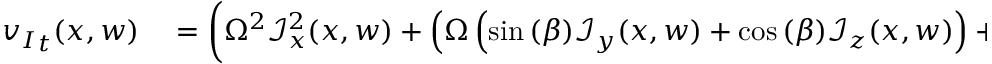
\begin{array} { r l } { { v _ { I } } _ { t } ( x , w ) } & { { } = \left( \Omega ^ { 2 } \mathcal { I } _ { x } ^ { 2 } ( x , w ) + \left( \Omega \left( \sin { ( \beta ) } \mathcal { I } _ { y } ( x , w ) + \cos { ( \beta ) } \mathcal { I } _ { z } ( x , w ) \right) + \cos { ( \beta ) } v _ { 0 } \right) ^ { 2 } \right) ^ { \frac { 1 } { 2 } } . } \end{array}